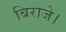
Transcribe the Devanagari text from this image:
बिराजे।